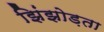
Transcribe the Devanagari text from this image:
झिंझोड़ता